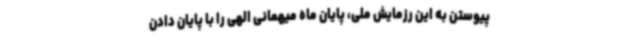
پیوستن به این رزمایش ملی، پایان ماه میهمانی الهی را با پایان دادن